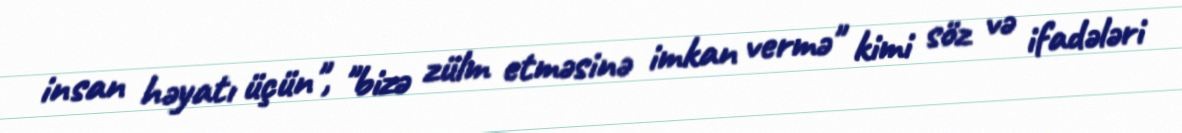
insan həyatı üçün", "bizə zülm etməsinə imkan vermə" kimi söz və ifadələri